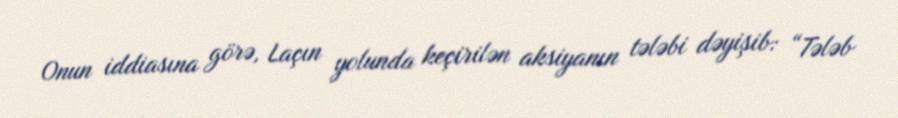
Onun iddiasına görə, Laçın yolunda keçirilən aksiyanın tələbi dəyişib: “Tələb